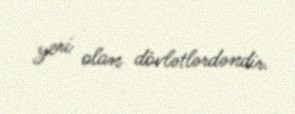
yeri olan dövlətlərdəndir.